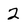
Character: 2